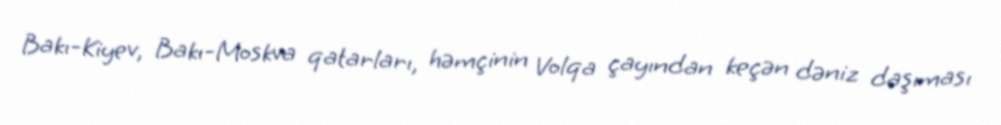
Bakı-Kiyev, Bakı-Moskva qatarları, həmçinin Volqa çayından keçən dəniz daşıması